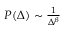
\begin{array} { r } { P ( \Delta ) \sim \frac { 1 } { \Delta ^ { \beta } } } \end{array}